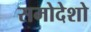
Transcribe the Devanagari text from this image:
समोदेशो